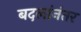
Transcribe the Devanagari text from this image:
बदलांनंतर